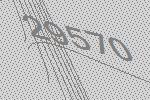
29570